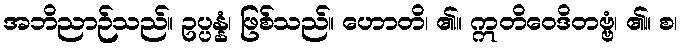
အဘိညာဉ်သည်။ ဥပ္ပန္နံ၊ ဖြစ်သည်။ ဟောတိ၊ ၏။ ဣတိဝေဒိတဗ္ဗံ၊ ၏။ စ၊